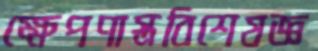
ক্ষেপণাস্ত্রবিশেষজ্ঞ